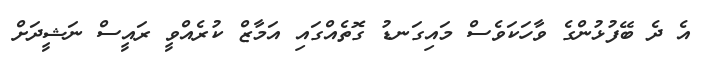
އެ ދެ ބޭފުޅުންގެ ވާހަކަވެސް މައިގަނޑު ގޮތެއްގައި އަމާޒް ކުރެއްވީ ރައީސް ނަޝީދަށް